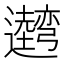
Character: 𰐢